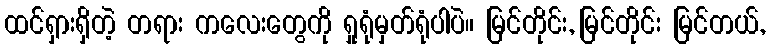
ထင်ရှားရှိတဲ့ တရား ကလေးတွေကို ရှုရုံမှတ်ရုံပါပဲ။ မြင်တိုင်း, မြင်တိုင်း မြင်တယ်,